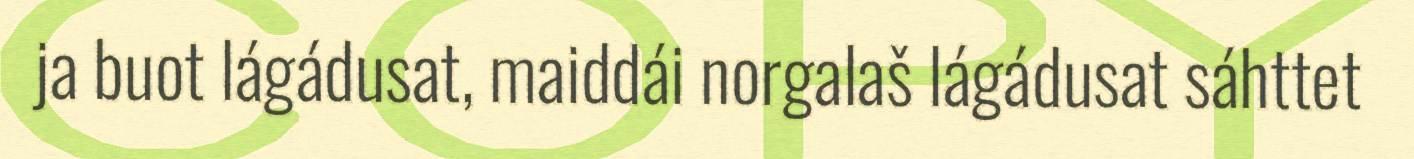
ja buot lágádusat, maiddái norgalaš lágádusat sáhttet